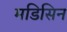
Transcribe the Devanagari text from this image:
मडिसिन